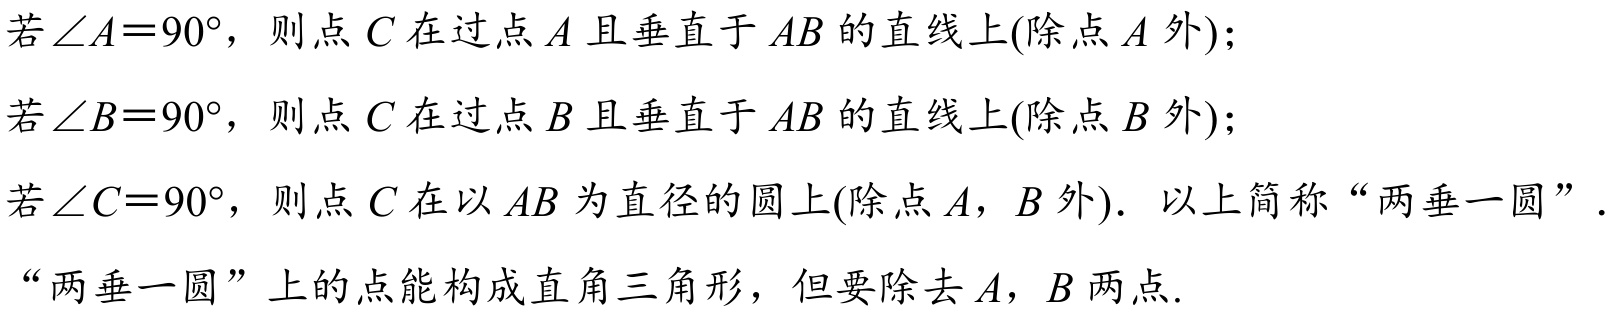
若\(\angle A = 90^{\circ}\)，则点\(C\)在过点\(A\)且垂直于\(AB\)的直线上(除点\(A\)外)；
若\(\angle B = 90^{\circ}\)，则点\(C\)在过点\(B\)且垂直于\(AB\)的直线上(除点\(B\)外)；
若\(\angle C = 90^{\circ}\)，则点\(C\)在以\(AB\)为直径的圆上(除点\(A\)，\(B\)外)．以上简称“两垂一圆”．
“两垂一圆”上的点能构成直角三角形，但要除去\(A\)，\(B\)两点.